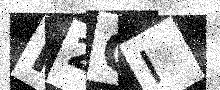
Text: H2GI